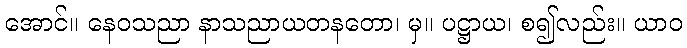
အောင်။ နေဝသညာ နာသညာယတနတော၊ မှ။ ပဋ္ဌာယ၊ စ၍လည်း။ ယာဝ